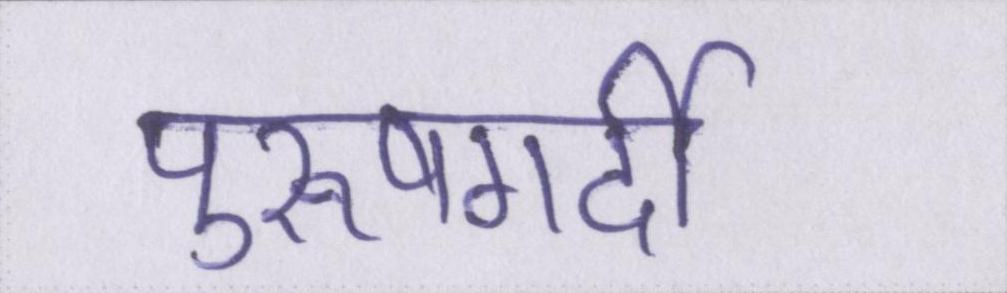
पुरूषगर्दी